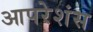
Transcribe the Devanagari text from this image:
आपरेशंस